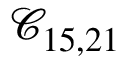
\mathcal { C } _ { 1 5 , 2 1 }